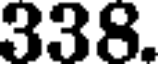
338.